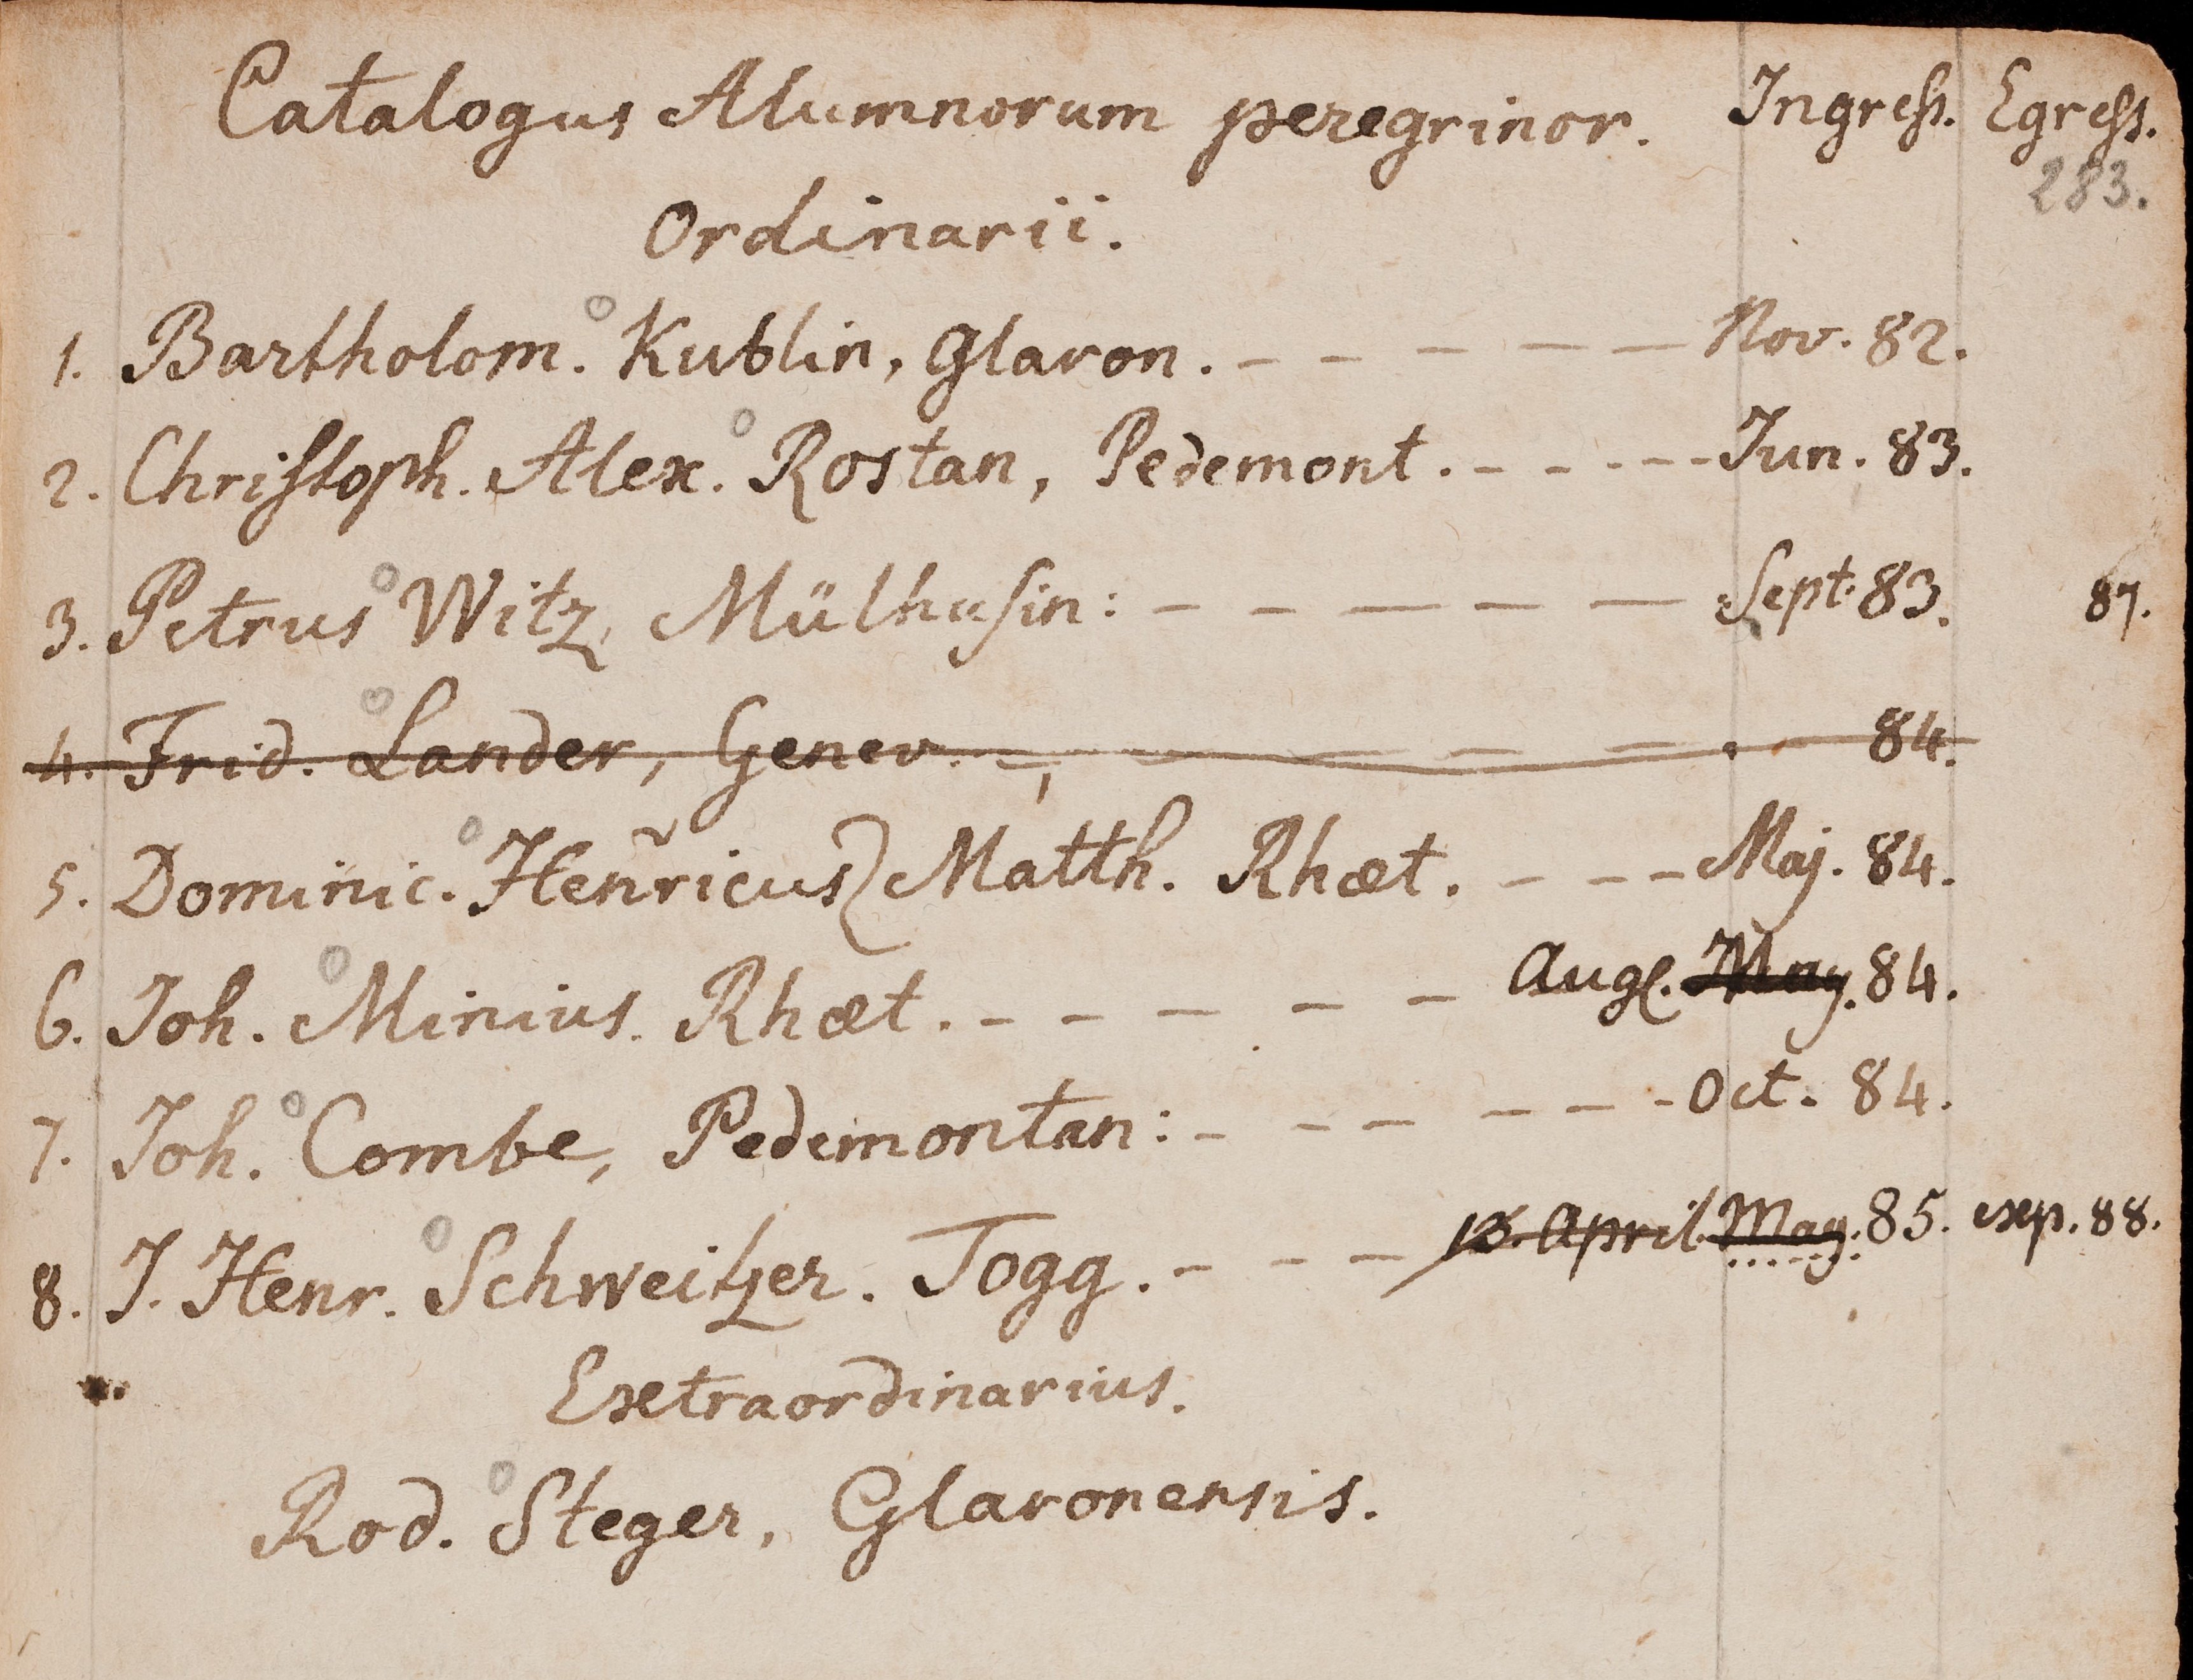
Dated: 1599–1789